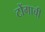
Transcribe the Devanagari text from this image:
टोंगाची